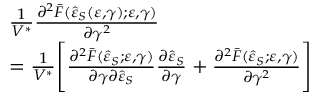
\begin{array} { r l } & { \frac { 1 } { V ^ { \ast } } \frac { \partial ^ { 2 } \bar { F } ( \hat { \varepsilon } _ { S } ( \varepsilon , \gamma ) ; \varepsilon , \gamma ) } { \partial \gamma ^ { 2 } } } \\ & { = \frac { 1 } { V ^ { \ast } } \Bigg [ \frac { \partial ^ { 2 } \bar { F } ( \hat { \varepsilon } _ { S } ; \varepsilon , \gamma ) } { \partial \gamma \partial \hat { \varepsilon } _ { S } } \frac { \partial \hat { \varepsilon } _ { S } } { \partial \gamma } + \frac { \partial ^ { 2 } \bar { F } ( \hat { \varepsilon } _ { S } ; \varepsilon , \gamma ) } { \partial \gamma ^ { 2 } } \Bigg ] } \end{array}